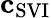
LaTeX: \mathbf{c}_{\mathrm{SVI}}